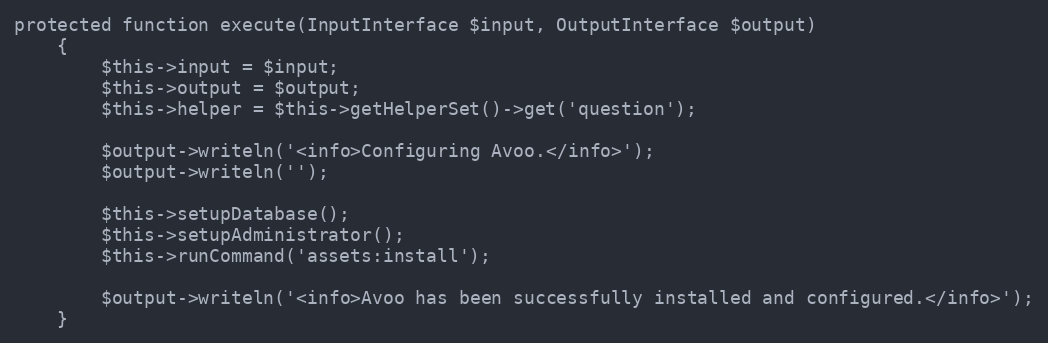
Language: PHP
protected function execute(InputInterface $input, OutputInterface $output)
    {
        $this->input = $input;
        $this->output = $output;
        $this->helper = $this->getHelperSet()->get('question');

        $output->writeln('<info>Configuring Avoo.</info>');
        $output->writeln('');

        $this->setupDatabase();
        $this->setupAdministrator();
        $this->runCommand('assets:install');

        $output->writeln('<info>Avoo has been successfully installed and configured.</info>');
    }